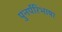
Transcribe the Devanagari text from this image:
पुनर्परिभाषा